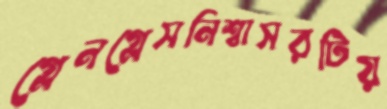
গ্লেনগ্লেসনিশ্বাসরটিয়